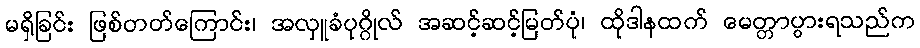
မရှိခြင်း ဖြစ်တတ်ကြောင်း၊ အလှူခံပုဂ္ဂိုလ် အဆင့်ဆင့်မြတ်ပုံ၊ ထိုဒါနထက် မေတ္တာပွားရသည်က